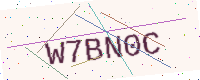
Text: W7BN0C